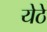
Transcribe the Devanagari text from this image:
येठे